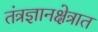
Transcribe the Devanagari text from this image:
तंत्रज्ञानक्षेत्रात